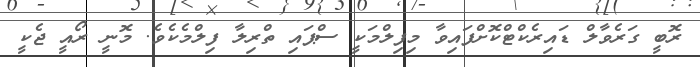
ރޮބީ ގަރެވާލް ޑައިރެކްޓްކޮށްފައިވާ މިފިލްމަކީ ސްޕައި ތްރިލާ ފިލްމެކެވެ. މޮނީ ރޯއީ ޖެކީ